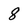
Character: 8